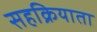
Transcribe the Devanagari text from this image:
सहक्रियाता